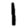
Digit: 1